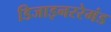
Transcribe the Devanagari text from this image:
डिजाइनररेमंड